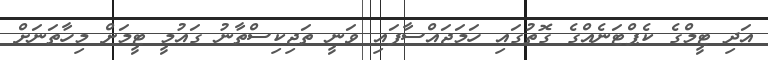
އަދި ޓީމްގެ ކެޕްޓަނެއްގެ ގޮތުގައި ހަމަޖައްސާފައި ވަނީ ތަޖިކިސްތާނު ގައުމީ ޓީމަށް މިހާތަނަށް